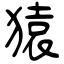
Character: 猿